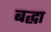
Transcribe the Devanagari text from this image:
बद्धा